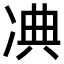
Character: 𠗘